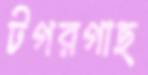
টগরগাছ